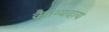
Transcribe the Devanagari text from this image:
वैराग्यदाय